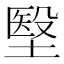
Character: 㙠